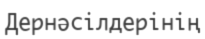
Дернәсілдерінің